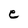
Character: e